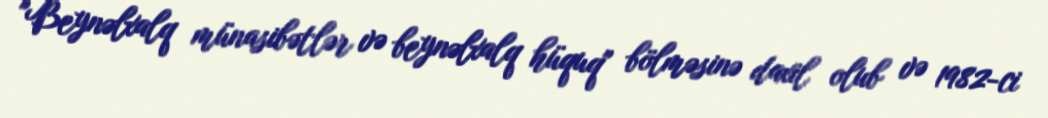
"Beynəlxalq münasibətlər və beynəlxalq hüquq" bölməsinə daxil olub və 1982-ci